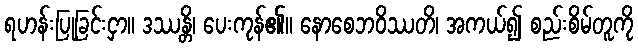
ရဟန်းပြုခြင်းငှာ။ ဒဿန္တိ၊ ပေးကုန်၏။ နောစေဘဝိဿတိ၊ အကယ်၍ စည်းစိမ်တူကို